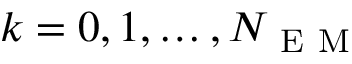
k = 0 , 1 , \dots , N _ { \mathrm { ~ E ~ M ~ } }